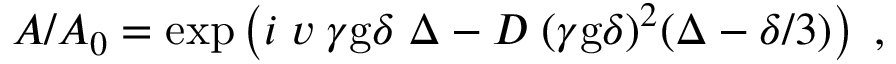
A / A _ { 0 } = \exp \left( i \; v \; \gamma \mathrm { g } \delta \; \Delta - D \; ( \gamma \mathrm { g } \delta ) ^ { 2 } ( \Delta - \delta / 3 ) \right) \; ,